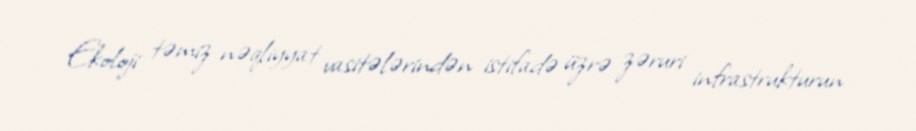
Ekoloji təmiz nəqliyyat vasitələrindən istifadə üzrə zəruri infrastrukturun